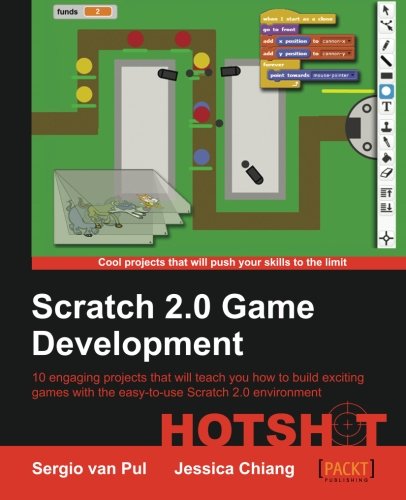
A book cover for Scratch 2.0 Game Development HOTSHOT; Sergio van Pul; Computers & Technology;